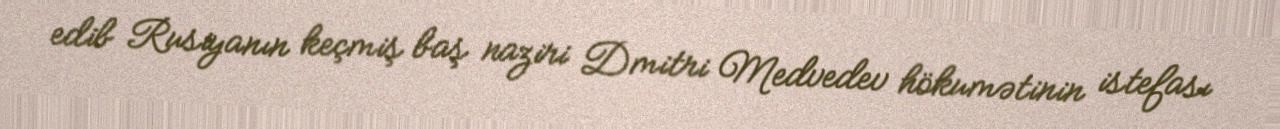
edib Rusiyanın keçmiş baş naziri Dmitri Medvedev hökumətinin istefası